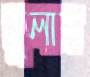
দুলায়